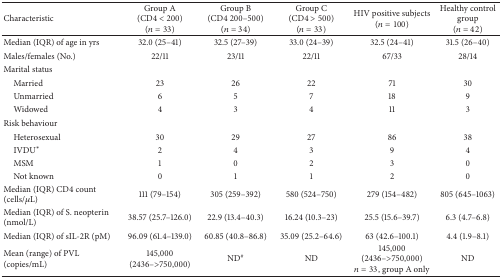
| Characteristic | Group A(CD4 < 200) (n = 33) | Group B(CD4 200–500) (n = 34) | Group C(CD4 > 500) (n = 33) | HIV positive subjects (n = 100) | Healthy control group (n = 42) |
 | --- | --- | --- | --- | --- | --- |
 | Median (IQR) of age in yrs | 32.0 (25–41) | 32.5 (27–39) | 33.0 (24–39) | 32.5 (24–41) | 31.5 (26–40) |
 | Males/females (No.) | 22/11 | 23/11 | 22/11 | 67/33 | 28/14 |
 | Marital status |  |  |  |  |  |
 | Married | 23 | 26 | 22 | 71 | 30 |
 | Unmarried | 6 | 5 | 7 | 18 | 9 |
 | Widowed | 4 | 3 | 4 | 11 | 3 |
 | Risk behaviour |  |  |  |  |  |
 | Heterosexual | 30 | 29 | 27 | 86 | 38 |
 | IVDU* | 2 | 4 | 3 | 9 | 4 |
 | MSM | 1 | 0 | 2 | 3 | 0 |
 | Not known | 0 | 1 | 1 | 2 | 0 |
 | Median (IQR) CD4 count (cells/μL) | 111 (79–154) | 305 (259–392) | 580 (524–750) | 279 (154–482) | 805 (645–1063) |
 | Median (IQR) of S. neopterin (nmol/L) | 38.57 (25.7–126.0) | 22.9 (13.4–40.3) | 16.24 (10.3–23) | 25.5 (15.6–39.7) | 6.3 (4.7–6.8) |
 | Median (IQR) of sIL-2R (pM) | 96.09 (61.4–139.0) | 60.85 (40.8–86.8) | 35.09 (25.2–64.6) | 63 (42.6–100.1) | 4.4 (1.9–8.1) |
 | Mean (range) of PVL (copies/mL) | 145,000 (2436–>750,000) | ND# | ND | 145,000 (2436–>750,000) n = 33, group A only | ND |